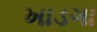
ખાડગા